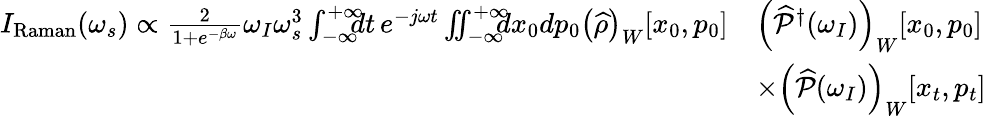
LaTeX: \begin{array}{rl}{I_{\mathrm{Raman}}(\omega_{s})\propto\frac{2}{1+e^{-\beta\omega}}\omega_{I}\omega_{s}^{3}\int_{-\infty}^{+\infty}\! \! \! \! dt\, e^{-j\omega t}\iint_{-\infty}^{+\infty}\! \! \! \! dx_{0}dp_{0}\left(\widehat{\rho}\right)_{W}[x_{0},p_{0}]}&{\left(\widehat{\mathcal{P}}^{\dagger}(\omega_{I})\right)_{W}[x_{0},p_{0}]}\\ &{\times\left(\widehat{\mathcal{P}}(\omega_{I})\right)_{W}[x_{t},p_{t}]}\end{array}